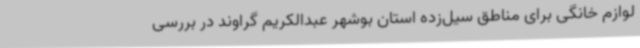
لوازم خانگی برای مناطق سیل‌زده استان بوشهر عبدالکریم گراوند در بررسی